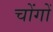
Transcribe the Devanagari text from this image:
चोंगों